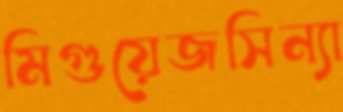
মিগুয়েজসিন্যা